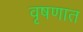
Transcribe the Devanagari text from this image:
वृषणात